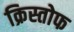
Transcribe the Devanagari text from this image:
क्रिस्तोफ